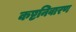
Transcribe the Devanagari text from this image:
कष्टनिवारण